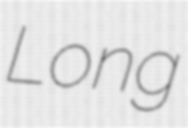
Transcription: Long